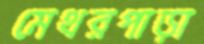
মেথরপাড়া